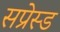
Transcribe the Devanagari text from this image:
सप्रेस्ड